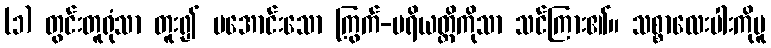
(၁) တွင်းတူရုံသာ တူး၍ မအောင်းသော ကြွက်-ပရိယတ္တိကိုသာ သင်ကြား၏။ သစ္စာလေးပါးကိုမူ